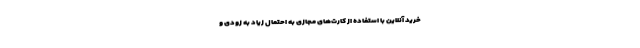
خرید آنلاین با استفاده از کارت‌های مجازی به احتمال زیاد به زودی و